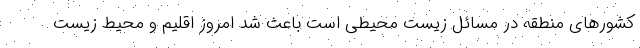
کشورهای منطقه در مسائل زیست محیطی است باعث شد امروز اقلیم و محیط زیست